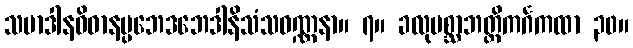
သမာဒါနဝိဓာနပ္ပဘေဒဘေဒါနိသံသဝဏ္ဏနာ။ ၇။ ခလုပစ္ဆာဘတ္တိကင်္ဂကထာ ၃၀။